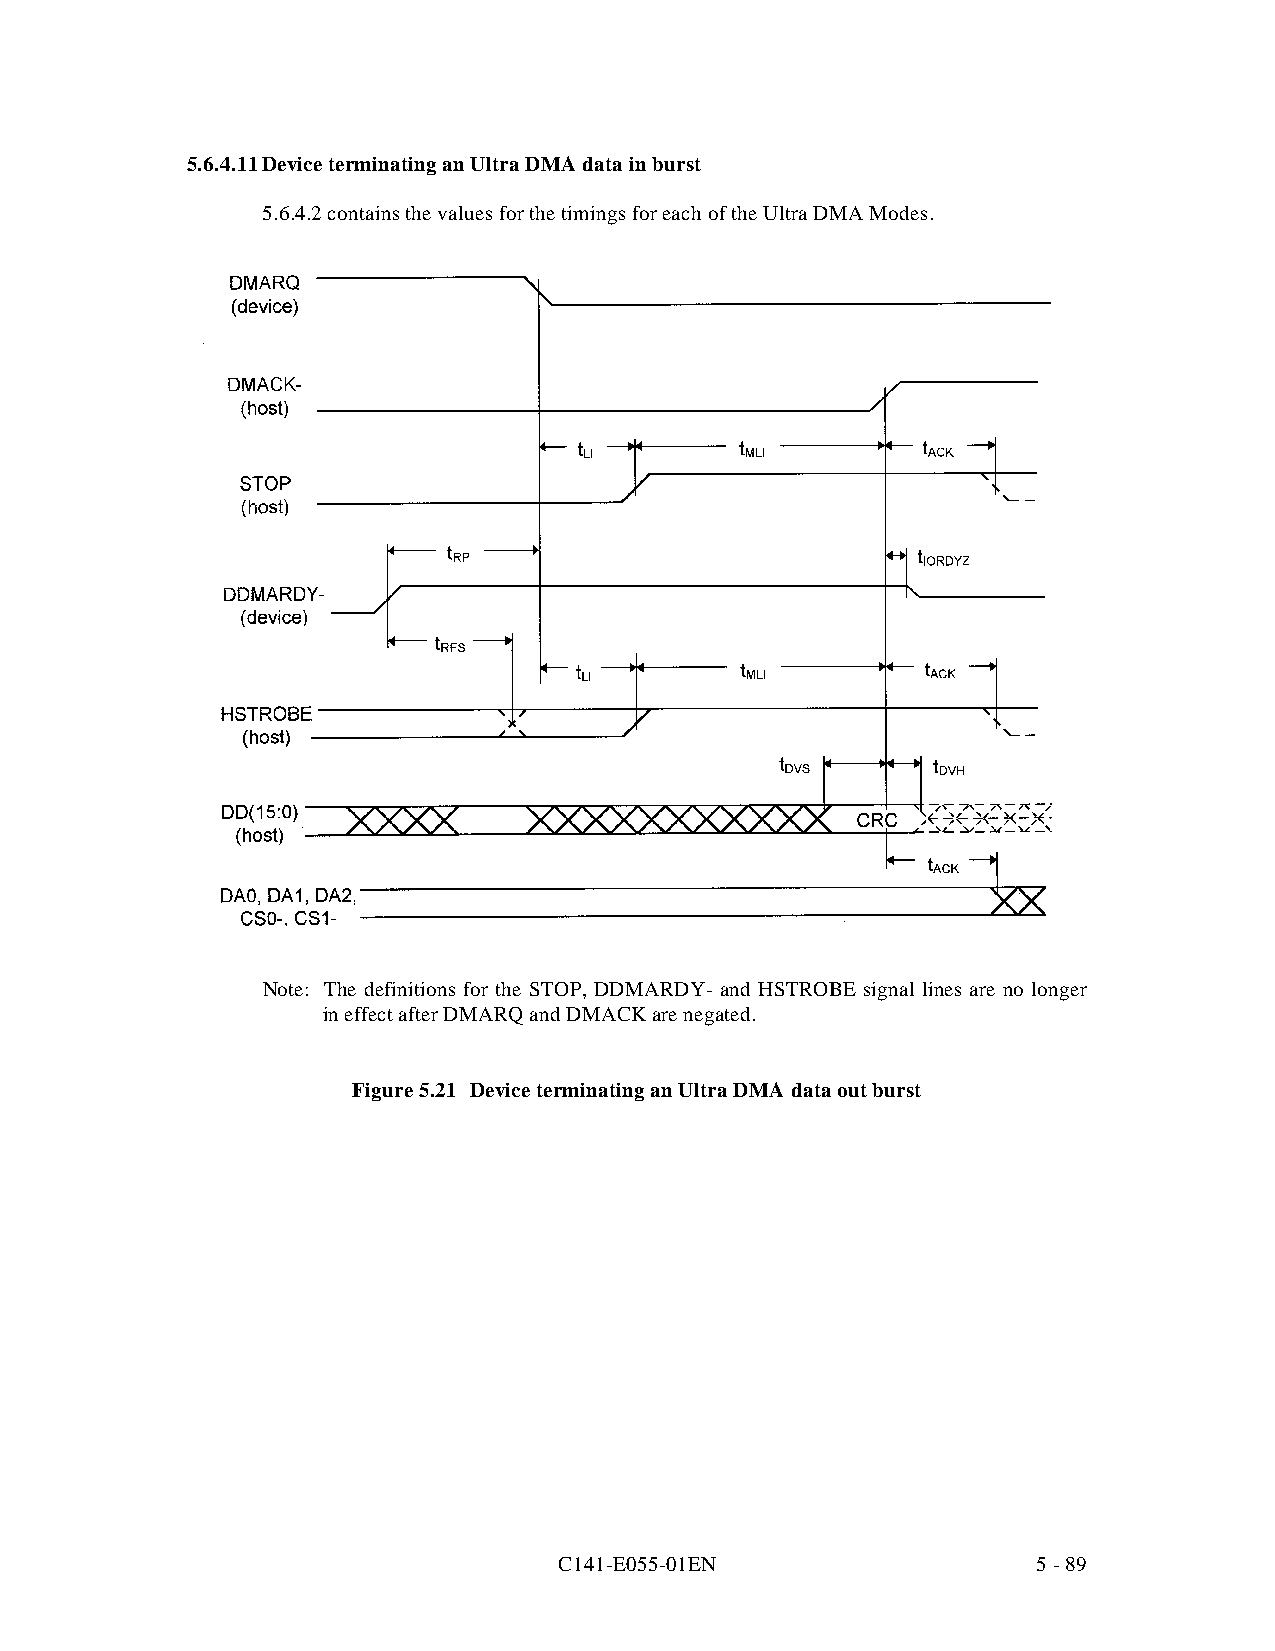
5.6.4.11Device terminating an Ultra DMA data in burst
 5.6.4.2 contains the values for the timings for each of the Ultra DMA Modes.
 Note: The definitions for the STOP, DDMARDY- and HSTROBE signal lines are no longer
 in effect after DMARQ and DMACK are negated.
 Figure 5.21 Device terminating an Ultra DMA data out burst
 C141-E055-01EN                  5 - 89